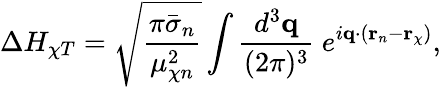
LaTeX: \Delta H_{\chi T}=\sqrt{\frac{\pi\bar{\sigma}_{n}}{\mu_{\chi n}^{2}}}\int\frac{d^{3}\mathbf{q}}{(2\pi)^{3}}\ e^{i\mathbf{q}\cdot(\mathbf{r}_{n}-\mathbf{r}_{\chi})},